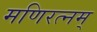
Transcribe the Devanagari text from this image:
मणिरत्‍नम्